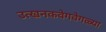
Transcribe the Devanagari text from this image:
उत्खनकवेगवेगळ्या